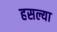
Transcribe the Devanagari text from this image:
हसल्या